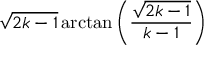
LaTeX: { \sqrt { 2 k - 1 } } \arctan \left( { \frac { \sqrt { 2 k - 1 } } { k - 1 } } \right)